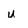
Character: u